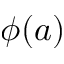
\phi ( a )